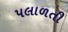
પલાળતી